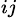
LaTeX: _{ij}